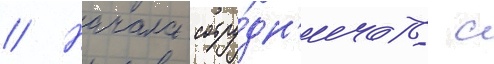
// Начала сотру́дн'ичать с